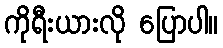
ကိုရီးယားလို ပြောပါ။